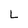
Character: L